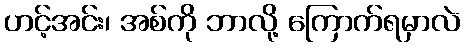
ဟင့်အင်း၊ အစ်ကို ဘာလို့ ကြောက်ရမှာလဲ